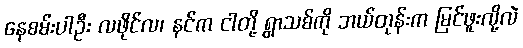
နေစမ်းပါဦး လဖိုင်လ၊ နင်က ငါတို့ ရွာသစ်ကို ဘယ်တုန်းက မြင်ဖူးလို့လဲ